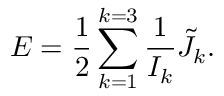
E = \frac { 1 } { 2 } \sum _ { k = 1 } ^ { k = 3 } \frac { 1 } { I _ { k } } { \tilde { J } } _ { k } .